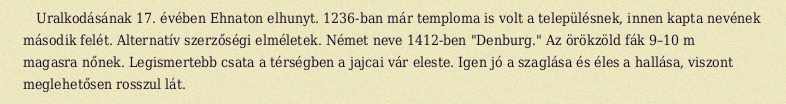
Uralkodásának 17. évében Ehnaton elhunyt. 1236-ban már temploma is volt a településnek, innen kapta nevének második felét. Alternatív szerzőségi elméletek. Német neve 1412-ben "Denburg." Az örökzöld fák 9–10 m magasra nőnek. Legismertebb csata a térségben a jajcai vár eleste. Igen jó a szaglása és éles a hallása, viszont meglehetősen rosszul lát.